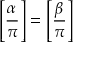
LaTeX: { \Bigg [ } { \frac { \alpha } { \pi } } { \Bigg ] } = { \Bigg [ } { \frac { \beta } { \pi } } { \Bigg ] }